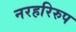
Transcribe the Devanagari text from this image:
नरहरिरुप